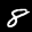
Label: 8